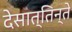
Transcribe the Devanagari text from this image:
देसात्तिन्ते